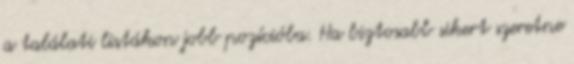
a találati listákon jobb pozícióba. Ha biztosabb sikert szeretne